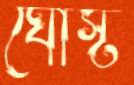
ঘোস্ট